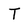
Character: T